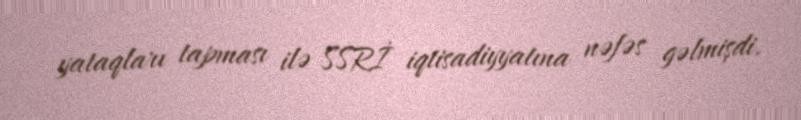
yataqları tapması ilə SSRİ iqtisadiyyatına nəfəs gəlmişdi.